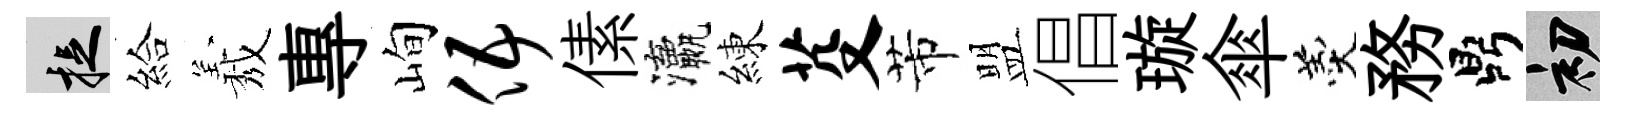
捉給𦏁專峋伍傃瀛練芟芾盟倡璇傘羹務鼎初